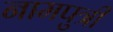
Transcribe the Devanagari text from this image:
नामपुत्री